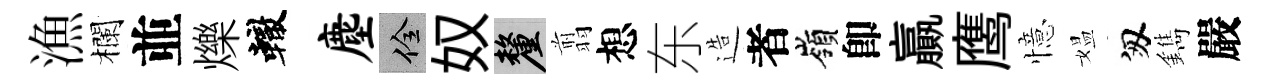
漁欄並爍轍麈佺奴厘翦想东造者嶺卽贏鹰憶媪匆鐫嚴